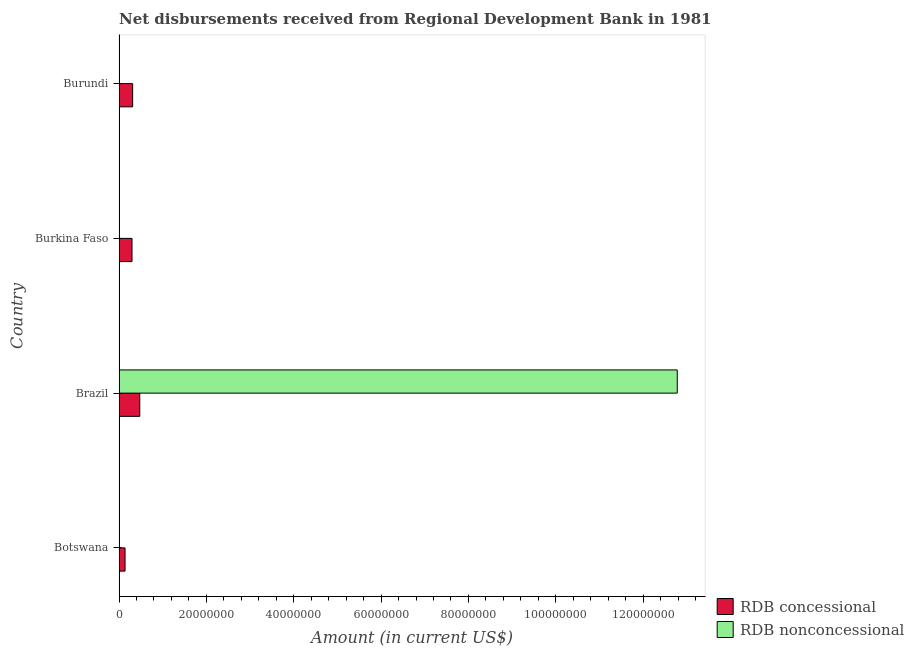
| Country | RDB concessional | RDB nonconcessional |
 | --- | --- | --- |
 | Botswana | 1.37e+06 | -5e+03 |
 | Brazil | 4.74e+06 | 1.28e+08 |
 | Burkina Faso | 2.97e+06 | -3.99e+05 |
 | Burundi | 3.11e+06 | -3.4e+05 |